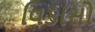
વિકાસો